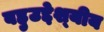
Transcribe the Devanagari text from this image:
बहुउद्देश्‍यीय